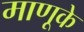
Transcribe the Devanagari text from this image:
माणूके